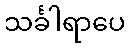
သင်္ခါရာပေ